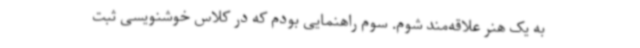
به یک هنر علاقه‌مند شوم. سوم راهنمایی بودم که در کلاس خوشنویسی ثبت‌